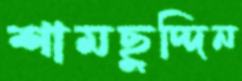
শামছুদ্দিন